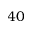
4 0